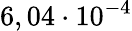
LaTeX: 6,04\cdot 10^{-4}